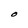
Character: O